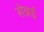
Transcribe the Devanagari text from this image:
सेन्नई